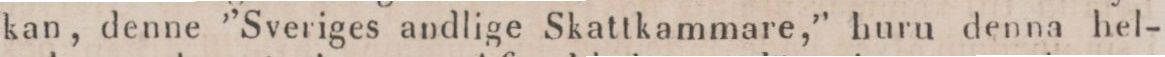
kan, denne ”Sveriges andlige Skattkammare,” huru denna hel-